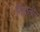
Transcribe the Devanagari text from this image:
निंद्रालीन